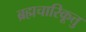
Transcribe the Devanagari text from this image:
ब्रह्मचारिकूत्तु